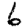
Digit: 6